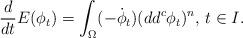
LaTeX: \begin{align*}\frac{d}{d t} E (\phi_t) = \int_\Omega (-\dot{\phi}_t) (dd^c \phi_t)^n, \, t \in I.\end{align*}